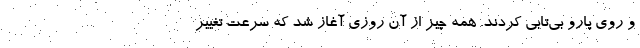
و روي پارو بي‌تابي كردند. همه ‌چيز از آن روزي آغاز شد كه سرعت تغيير